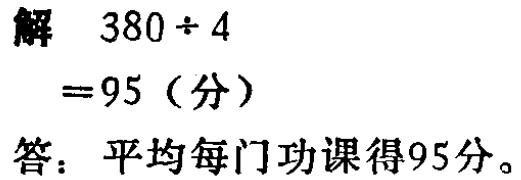
解 \(380\div 4\)

\(=95\)（分）

答：平均每门功课得95分。